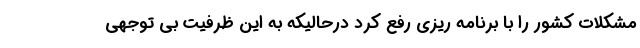
مشکلات کشور را با برنامه ریزی رفع کرد درحالیکه به این ظرفیت بی توجهی